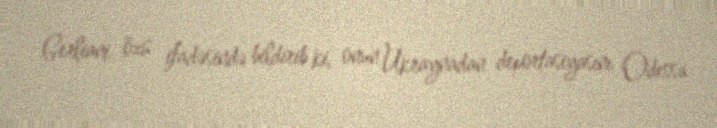
Gerliani özü ifadəsində bildirib ki, onun Ukraynadan deportasiyasını Odessa